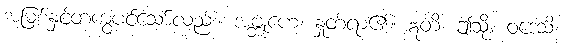
အမြစ်နှင့်တကွပင်သော်လည်း။ အဗ္ဘုဟေ၊ နှုတ်ရာ၏။ ဣတိ၊ ဤသို့။ ဝဒေသိ၊